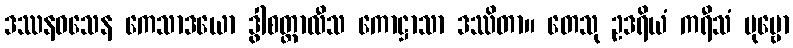
ဒဿနဝသေန ကေသာဒယော ဒွါစတ္တာလီသ ကောဋ္ဌာသာ ဒဿိတာ။ တေသု ဥဒရိယံ ကရီသံ ပုဗ္ဗော